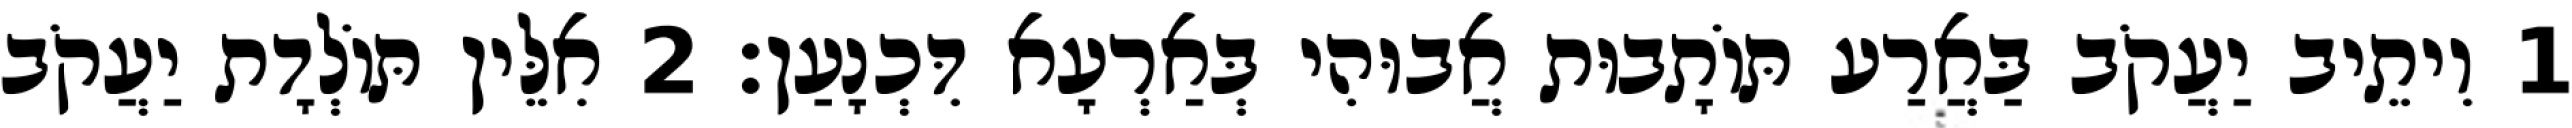
1 וִיתֵיב יַעֲקֹב בַּאֲרַע תּוֹתָבוּת אֲבוּהִי בְּאַרְעָא דִּכְנָעַן׃ 2 אִלֵּין תּוֹלְדָת יַעֲקֹב